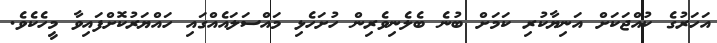
އަހަރުގެ ކުއްޖަކަށް އަނިޔާކުރި ކަމަށް ބުނެ ބެލެނިވެރިން ހުށަހެޅި މައްސަލައެއްގައި ހައްޔަރުކޮށްފައިވާ މީހެކެވެ.